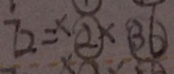
7 2 = \times \textcircled { 2 } \times \textcircled { 3 6 }